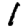
Digit: 1